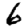
Digit: 6